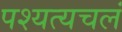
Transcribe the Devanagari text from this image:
पश्यत्यचलं